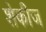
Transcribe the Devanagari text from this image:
शेकीज